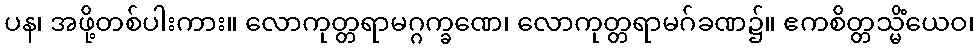
ပန၊ အဖို့တစ်ပါးကား။ လောကုတ္တရာမဂ္ဂက္ခဏေ၊ လောကုတ္တရာမဂ်ခဏ၌။ ဧကစိတ္တသ္မိံယေဝ၊